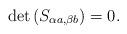
LaTeX: \begin{align*}\det \left( S_{\alpha a,\beta b}\right) =0.\end{align*}